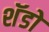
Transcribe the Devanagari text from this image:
शॅडो